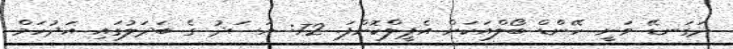
ދަގަނޑޭ ވަނީ ހޭންޑް ބޯލްއަކަށް އެޕީލްކޮށްފަ. 72: އަސަދު ގެ ބަދަލުގައި އަދުހަމް